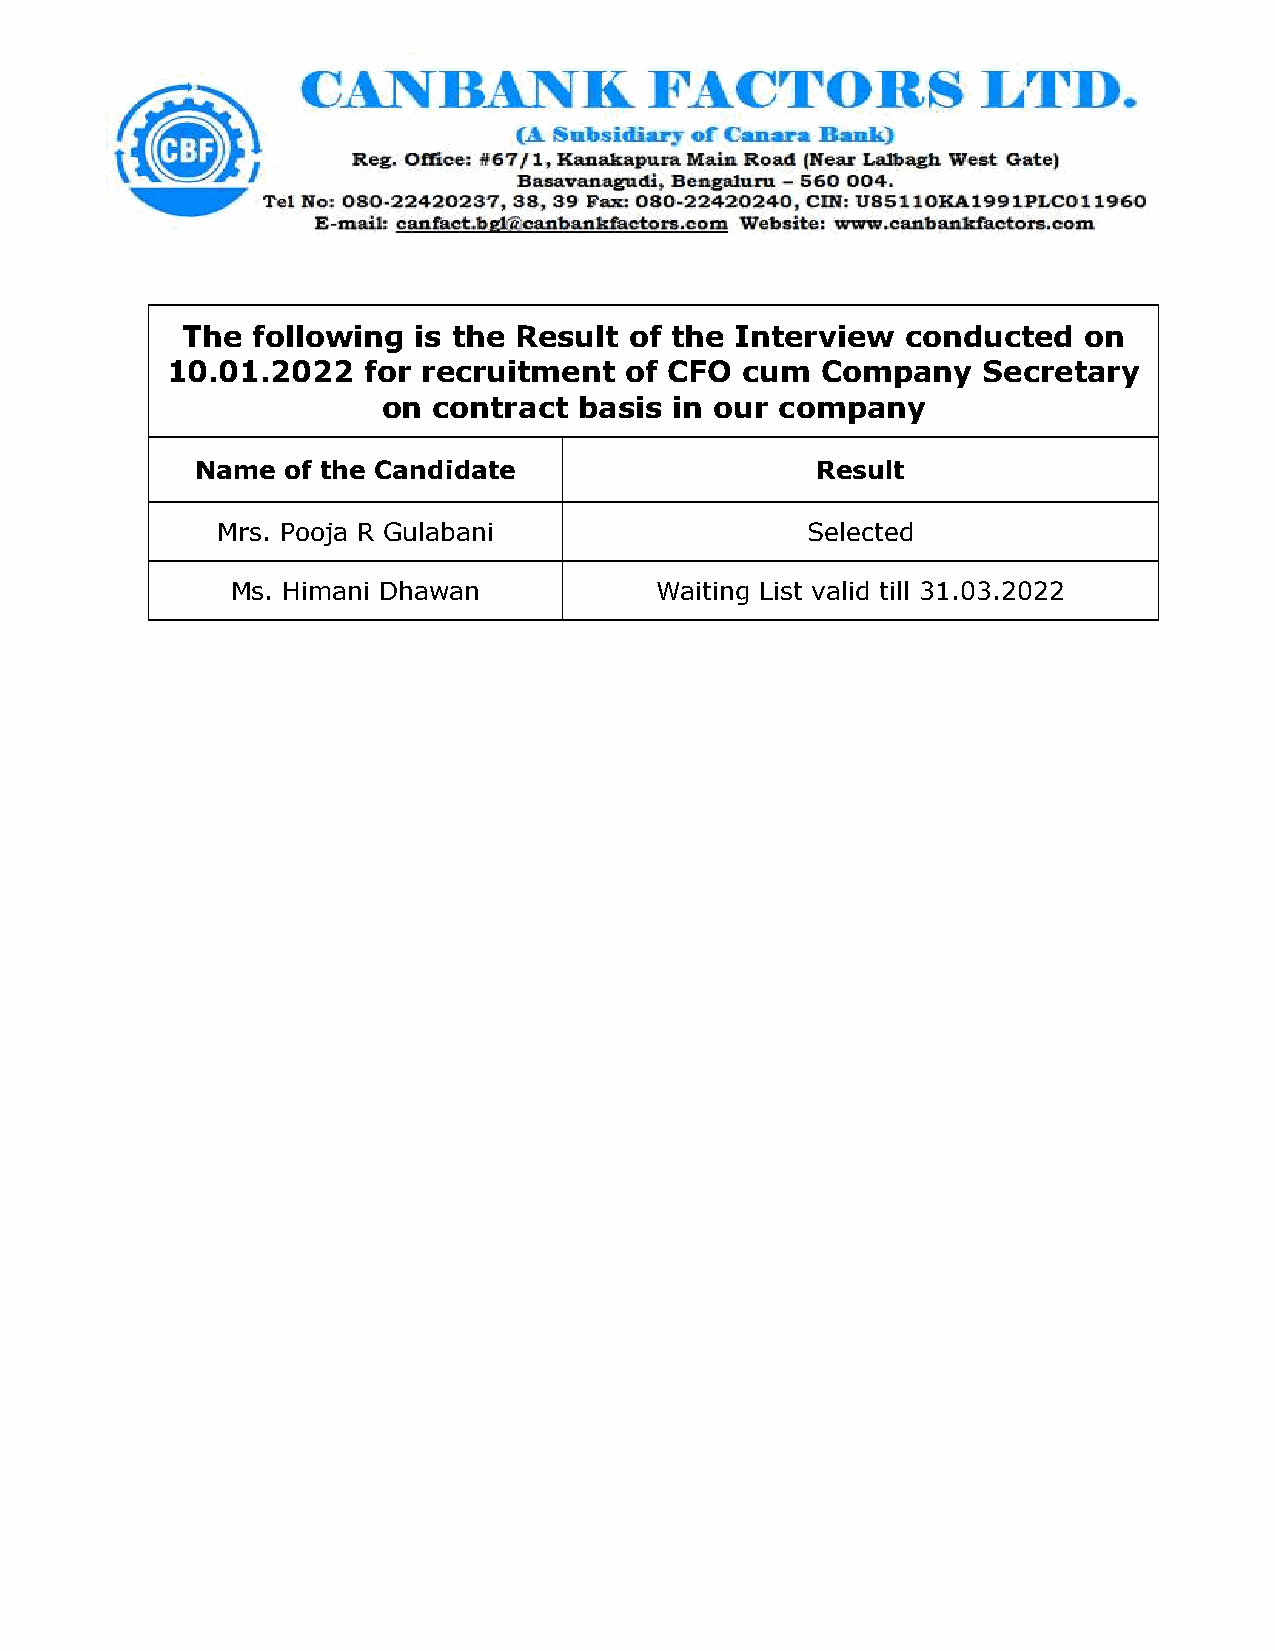
The  following is the Result  of the Interview  conducted   on
 10.01.2022   for recruitment  of CFO  cum  Company    Secretary
 on  contract basis  in our company
 Name  of the Candidate                   Result
 Mrs. Pooja R Gulabani                  Selected
 Ms. Himani Dhawan           Waiting List valid till 31.03.2022